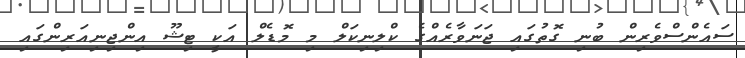
ސައެންސްވެރިން ބުނި ގޮތުގައި ޖަނަވާރެއްގެ ކްލިނިކަލް މި މޮޑެލް އަކީ ޓިޝޫ އިންޖިނިއަރިންގައި